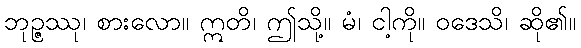
ဘုဉ္ဇဿု၊ စားလော။ ဣတိ၊ ဤသို့။ မံ၊ ငါ့ကို။ ဝဒေသိ၊ ဆို၏။